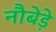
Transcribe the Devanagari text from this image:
नौबेड़े